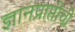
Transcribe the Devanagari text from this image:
ज्ञानप्राप्तीची